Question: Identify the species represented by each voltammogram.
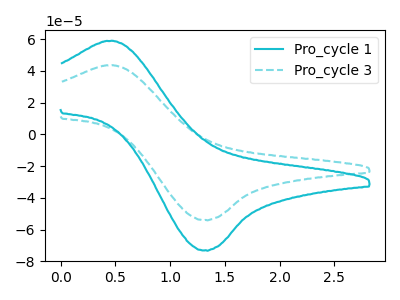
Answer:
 <answer>The cyan curve is labeled "Pro_cycle 1". The cyan dashed curve is labeled "Pro_cycle 3".</answer>
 <eval></eval>